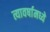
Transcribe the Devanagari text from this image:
त्यावर्षामध्ये